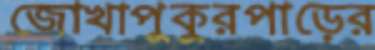
জোখাপুকুরপাড়ের